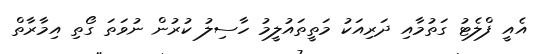
އެއީ ފްލެޓު ގަތުމާއި ދަރިއަކު މަތީތައުލީމު ހާސިލު ކުރުން ނުވަތަ ގޯތި އިމާރާތް